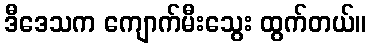
ဒီဒေသက ကျောက်မီးသွေး ထွက်တယ်။